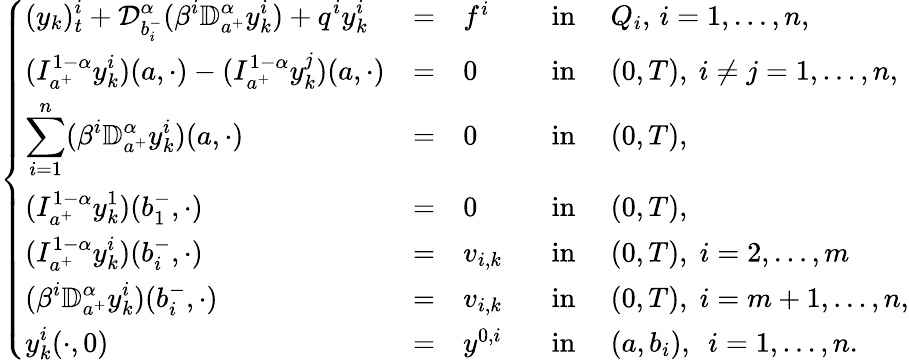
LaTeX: \left\{ \begin{array}{lllllll}{\displaystyle(y_{k})_{t}^{i}+\mathcal{D}_{b_{i}^{-}}^{\alpha}(\beta^{i}\mathbb{D}_{a^{+}}^{\alpha}y_{k}^{i})+q^{i}y_{k}^{i}}&{=}&{f^{i}\, \, }&{\mathrm{in}}&{~Q_{i},\, i=1,\dots,n,}\\ {\displaystyle(I_{a^{+}}^{1-\alpha}y_{k}^{i})(a,\cdot)-(I_{a^{+}}^{1-\alpha}y_{k}^{j})(a,\cdot)}&{=}&{0}&{\mathrm{in}}&{~(0,T),~i\neq j=1,\dots,n,}\\ {\displaystyle\sum_{i=1}^{n}(\beta^{i}\mathbb{D}_{a^{+}}^{\alpha}y_{k}^{i})(a,\cdot)}&{=}&{0~~~~}&{\mathrm{in}}&{~(0,T),}\\ {\displaystyle(I_{a^{+}}^{1-\alpha}y_{k}^{1})(b_{1}^{-},\cdot)}&{=}&{0~~~~}&{\mathrm{in}}&{~(0,T),}\\ {\displaystyle(I_{a^{+}}^{1-\alpha}y_{k}^{i})(b_{i}^{-},\cdot)}&{=}&{v_{i,k}~~~}&{\mathrm{in}}&{~(0,T),\; i=2,\dots,m}\\ {\displaystyle(\beta^{i}\mathbb{D}_{a^{+}}^{\alpha}y_{k}^{i})(b_{i}^{-},\cdot)}&{=}&{v_{i,k}~~~}&{\mathrm{in}}&{~(0,T),\; i=m+1,\dots,n,}\\ {\displaystyle y_{k}^{i}(\cdot,0)}&{=}&{y^{0,i}~}&{\mathrm{in}}&{~(a,b_{i}),~~i=1,\dots,n.}\end{array}\right.